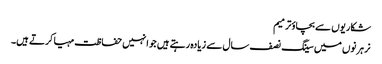
شکاریوں سے بچاؤترمیم
نر ہرنوں میں سینگ نصف سال سے زیادہ رہتے ہیں جو انہیں حفاظت مہیا کرتے ہیں۔